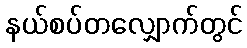
နယ်စပ်တလျှောက်တွင်